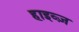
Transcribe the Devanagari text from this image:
हाइव्ज़